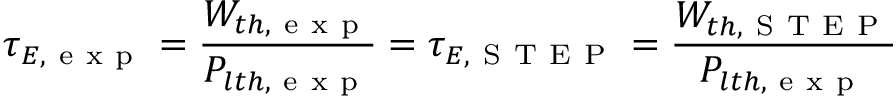
\tau _ { E , \mathrm { ~ e ~ x ~ p ~ } } = \frac { W _ { t h , \mathrm { ~ e ~ x ~ p ~ } } } { P _ { l t h , \mathrm { ~ e ~ x ~ p ~ } } } = \tau _ { E , \mathrm { ~ S ~ T ~ E ~ P ~ } } = \frac { W _ { t h , \mathrm { ~ S ~ T ~ E ~ P ~ } } } { P _ { l t h , \mathrm { ~ e ~ x ~ p ~ } } }